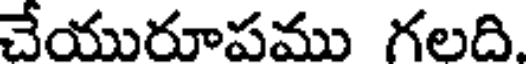
చేయురూపము గలది.